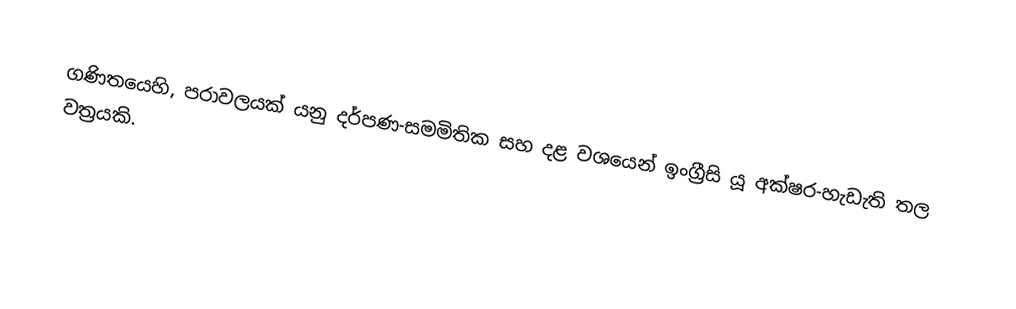
ගණිතයෙහි, පරාවලයක් යනු  දර්පණ-සමමිතික සහ දළ වශයෙන්  ඉංග්‍රීසි යූ අක්ෂර-හැඩැති තල වත්‍රයකි.